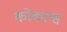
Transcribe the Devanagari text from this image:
कोकल्स